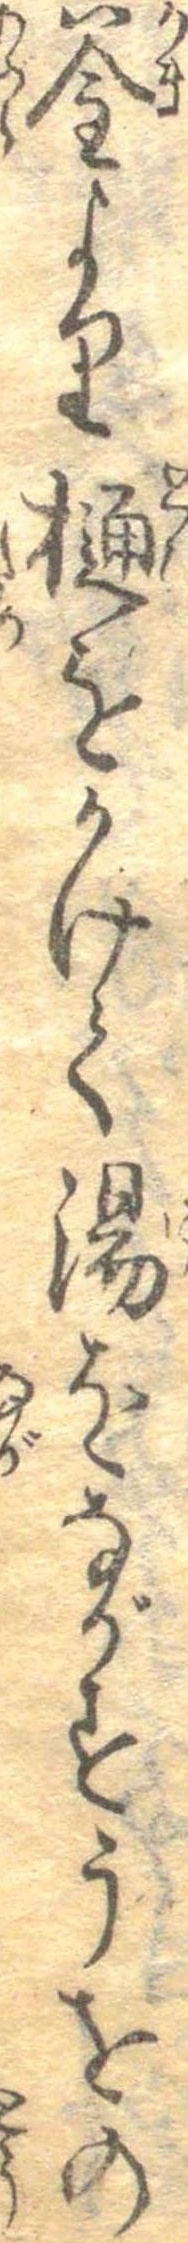
釜より樋をかけて湯をながすうをの